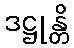
ဒဋ္ဌုန္တိ